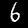
Digit: 6